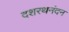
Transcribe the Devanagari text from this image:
दशरथनंदन